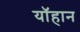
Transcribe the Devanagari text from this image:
यॉहान